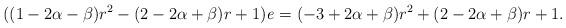
LaTeX: \begin{align*}((1-2\alpha-\beta)r^2-(2-2\alpha+\beta)r+1)\mathit{e}=(-3+2\alpha+\beta)r^2+(2-2\alpha+\beta)r+1.\end{align*}